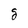
Character: g